NAE_kihelkonnakohtute_kirjad_ja_protokollid_1869-1889, lk 9
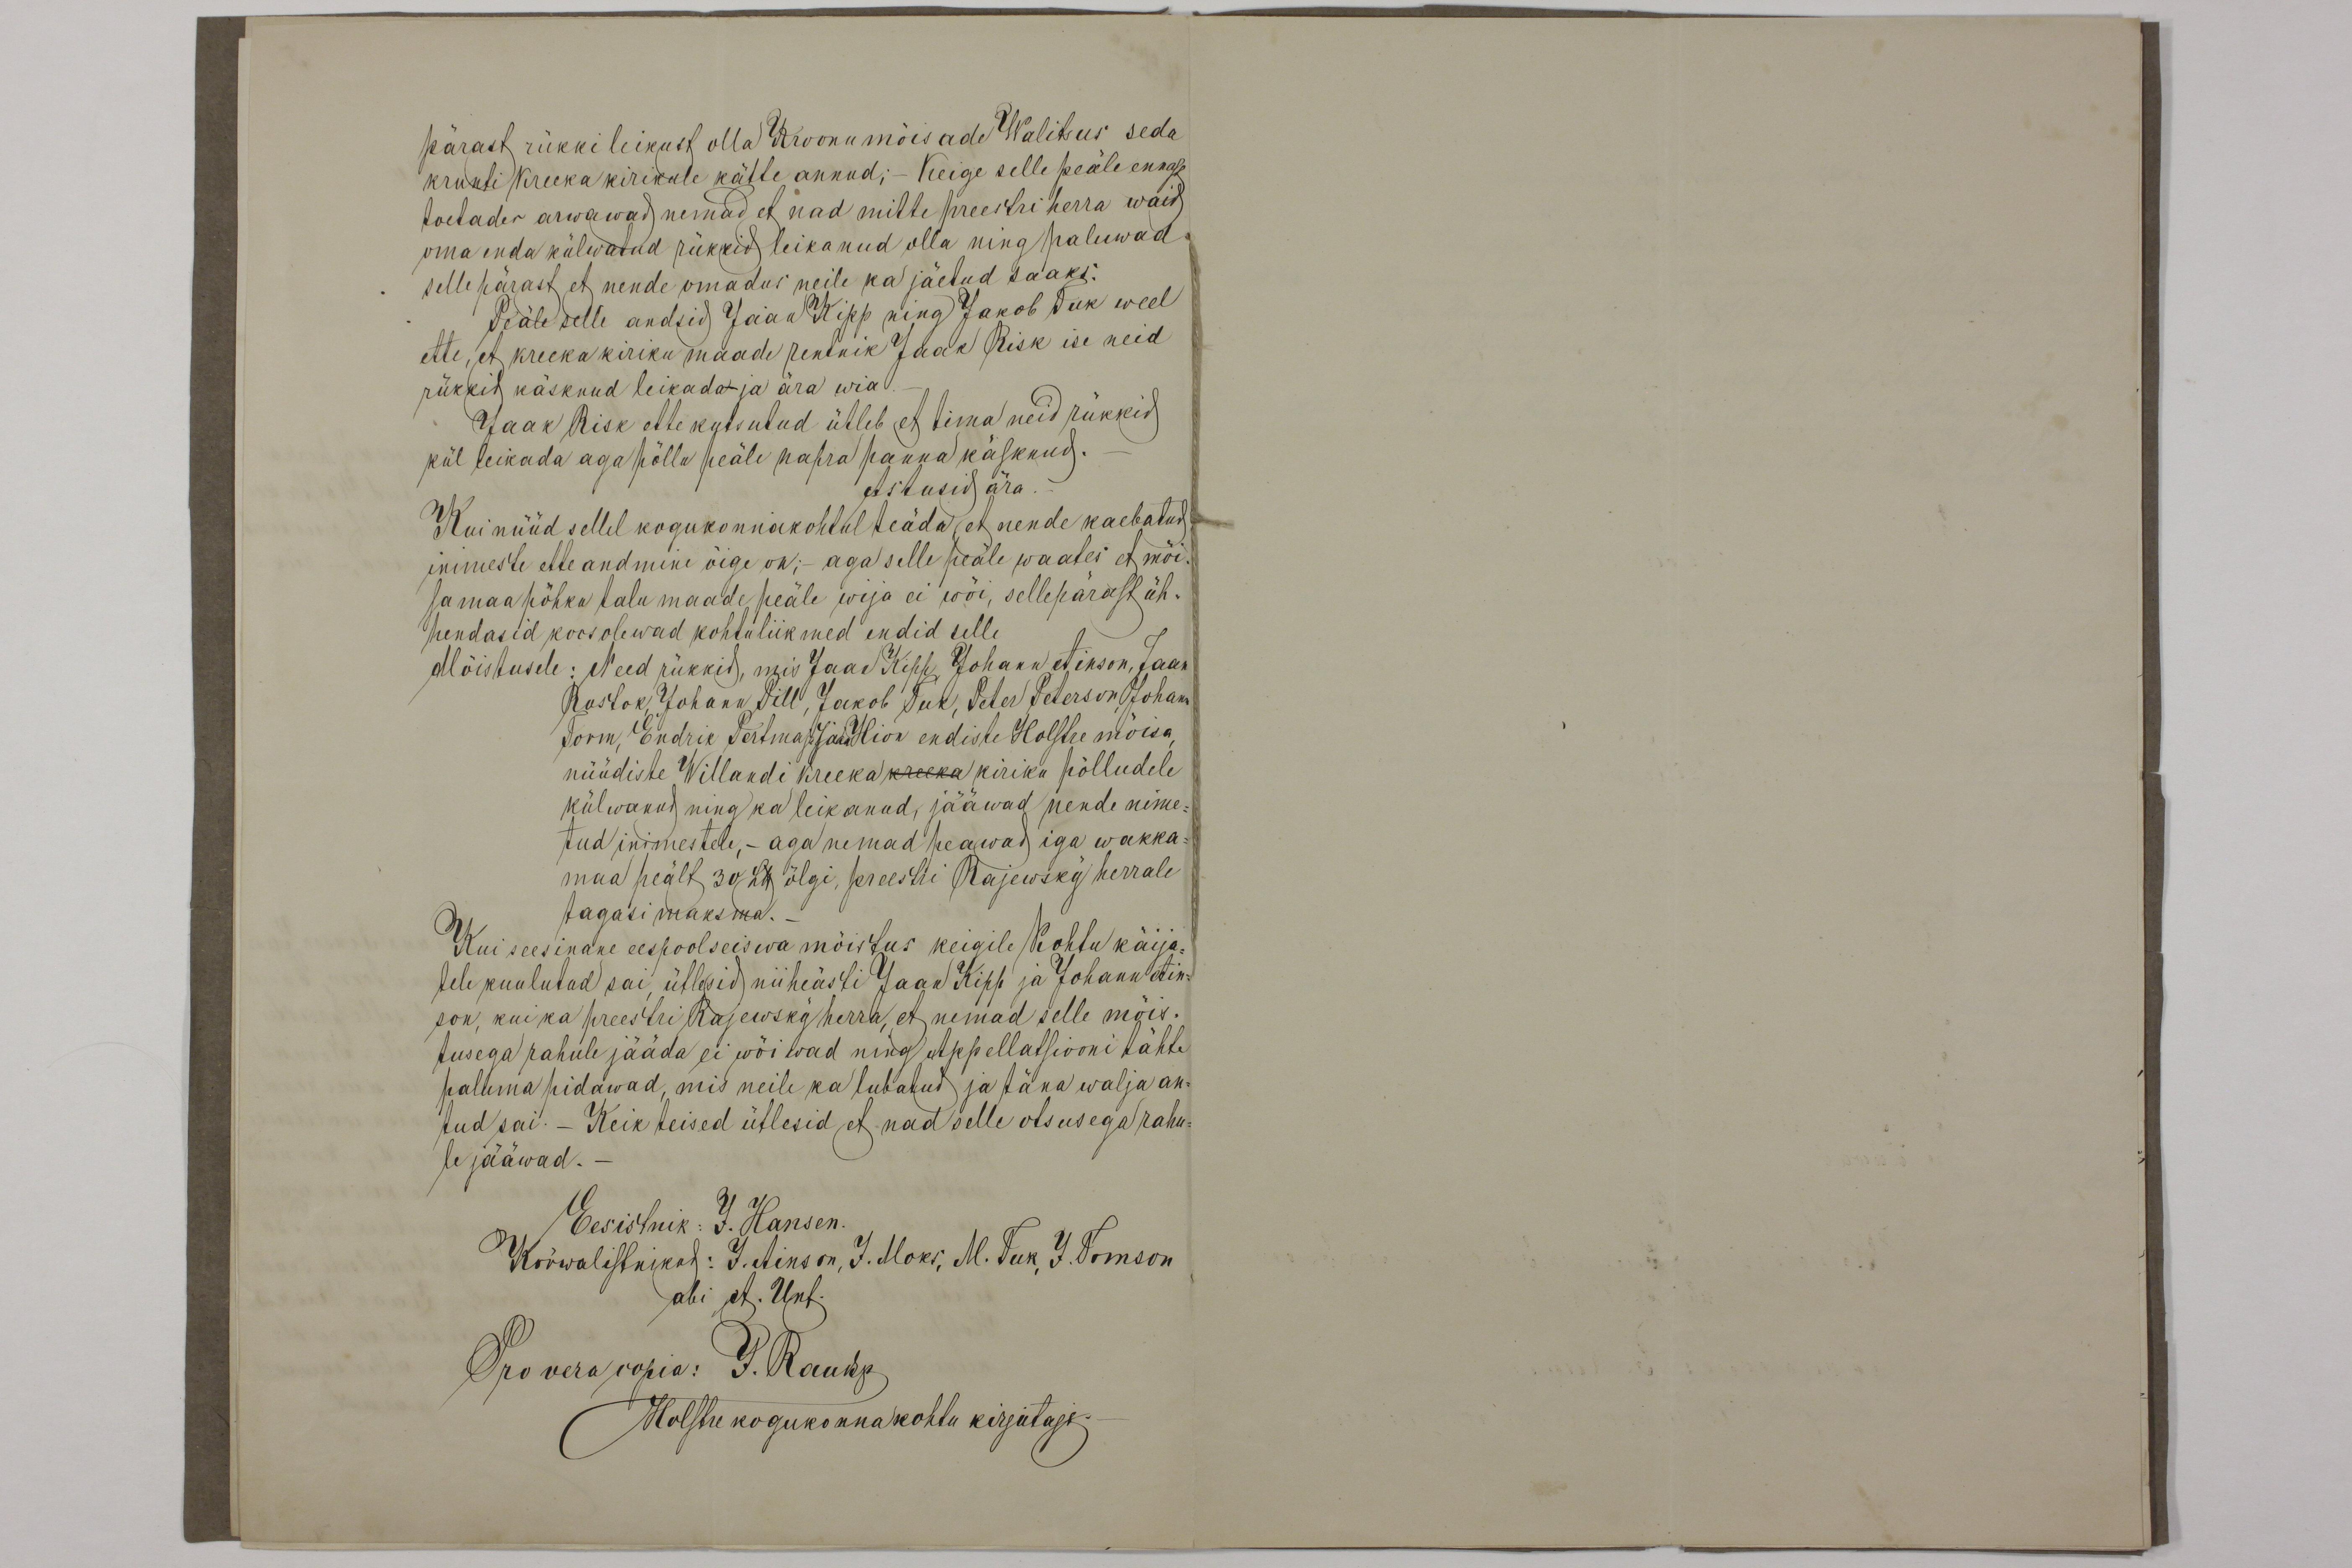
pärast rükkileikust olla Kroonumõisade Walitsus seda
krunti kreeka kirikule kätte annud;- Keige selle peäle ennast
toetades arwawad, nemad et nad mitte preestri herra waid
oma enda külwatud rüikkid leikanud olla ning paluwad
selle pärast, et nende omadus neile ka jäetud saaks:
Peäle selle andsid Jaan Kipp ning Jakob Suk weel
ette, et kreekakiriku maade rentnik Jaak Risk ise need
rükkid käsknud leikada ja ära wia.
Jaak Risk ette kutsutud ütleb et tima neid rukkid
kül leikada aga põlla peäle kahra panna käsknud.
Astusid ära.
Kui nüüd sellel kogukonnakohtul teäda, et nende kaebatud
inimeste ette andmine õige on; aga selle peäle waates et mõi-
sa maa põhku talumaade peale wija ei wõi, sellepärast üh-
hendasid koos olewad kohtuliikmed endid selle
Mõistusele: Need rükkid mis Jaan Kikk Johan Ainson, Jaan
Rostok, Johann Pill, Jakob Suk, Peter Peterson, Johan
Torm, Endrik Pertma ja Jakob Hion endiste Holstre mõisa
nüüdiste Willandi kreekakreeka kiriku põlludele
külwanud ning ka leikanud, jääwad nende nime-
tud inimestele, - aga nemad peawad, iga wakka-
maa peält 30 LK õlgi, preestri Rajewsky herrale
tagasi maksma. -
Kui seesinane eespoolseiswa mõistus keigile Kohtu käija-
tele kuulutad sai ütlesid, niiheästi Jaan Kipp ja Johann Ain-
son, kui ka preestri Rajewsky herra, et nemad selle mõis-
tusega rahule jääda ei wõiwad ning Appellatsiooni tähte
palluma pidawad, mis neile ka lubatud, ja täna walja an-
tud sai. - Keik teised ütlesid, et nad selle otsusega rahu-
le jääwad. -
Eesistnik: J. Hansen.